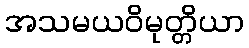
အသမယဝိမုတ္တိယာ